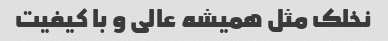
نخلک مثل همیشه عالی و با کیفیت